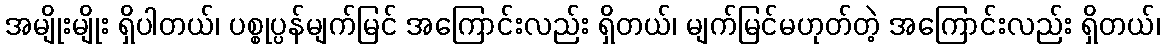
အမျိုးမျိုး ရှိပါတယ်၊ ပစ္စုပ္ပန်မျက်မြင် အကြောင်းလည်း ရှိတယ်၊ မျက်မြင်မဟုတ်တဲ့ အကြောင်းလည်း ရှိတယ်၊